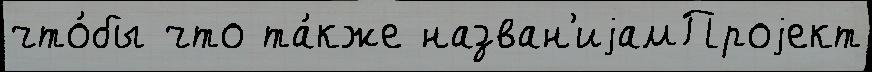
что́бы что та́кже назван'иjамПроjект